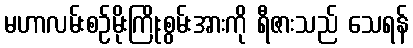
မဟာလမ်းစဉ်မိုးကြိုးစွမ်းအားကို ရီဇားသည် သေရန်